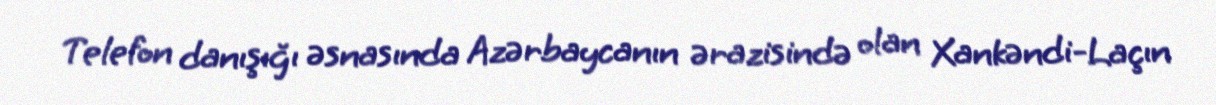
Telefon danışığı əsnasında Azərbaycanın ərazisində olan Xankəndi-Laçın